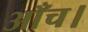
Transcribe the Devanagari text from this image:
आँच।